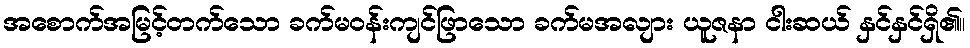
အစောက်အမြင့်တက်သော ခက်မဝန်းကျင်ဖြာသော ခက်မအလျား ယူဇနာ ငါးဆယ် နှင်နှင်ရှိ၏။